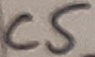
Text: C5